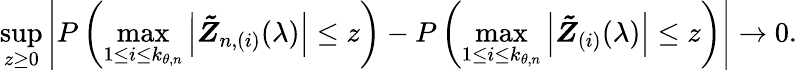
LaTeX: \operatorname*{sup}_{z\geq 0}\left\vert P\left(\operatorname*{max}_{1\leq i\leq k_{\theta,n}}\left\vert\boldsymbol{\tilde{Z}}_{n,(i)}(\lambda)\right\vert\leq z\right)-P\left(\operatorname*{max}_{1\leq i\leq k_{\theta,n}}\left\vert\boldsymbol{\tilde{Z}}_{(i)}(\lambda)\right\vert\leq z\right)\right\vert\rightarrow 0.